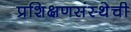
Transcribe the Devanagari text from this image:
प्रशिक्षणसंस्थेची